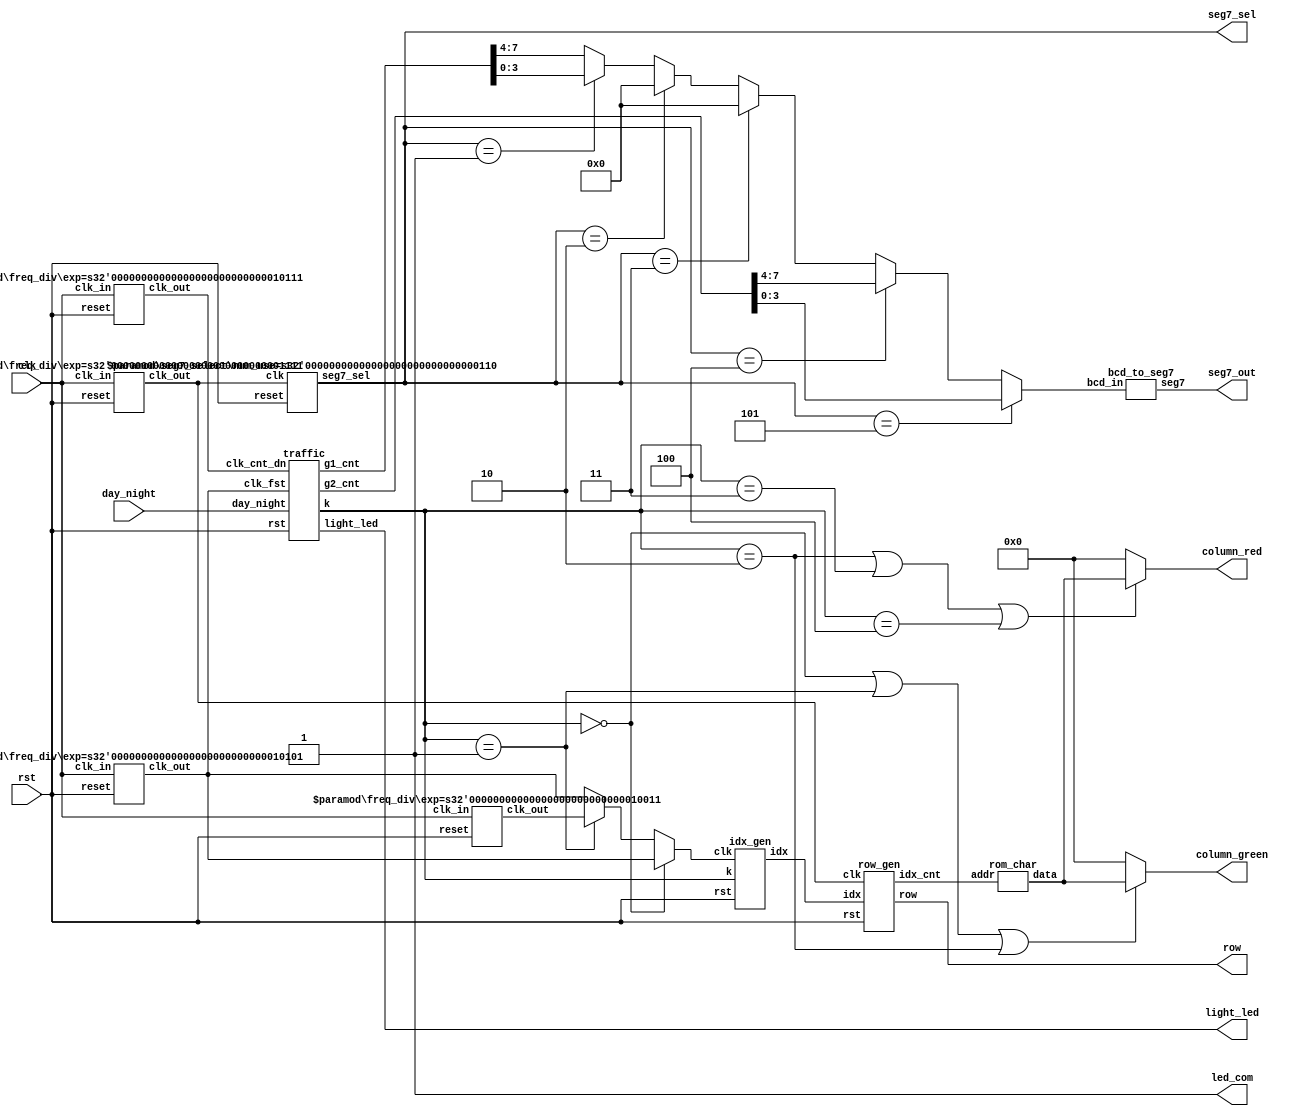
// LED88 ()
//A.	
//i.	Round-112
//ii.	Round-23
//iii.	Round-35
//iv.	Round-420
//B.	0000

module	 lab07_2 (clk, rst, day_night, light_led, led_com, seg7_out, seg7_sel,row,  column_red,column_green);
input		clk; //pin W16
input		rst; //pin C16
input		day_night; //AA20
output[5:0]	light_led; //pin E2 ,D3 ,C2 ,c1, L2, L1, G2, G1, U2, N1, AA2, AA1
output	led_com; //pin N20
output[2:0]	seg7_sel; //pin AB10 ,AB11, AA12
output[6:0]	seg7_out; //pin AB7, AA7, AB6, AB5, AA9, Y9, AB8
output[7:0] row,  column_red,column_green;
//row:pin T22 ,R21 ,C6 ,B6 ,B5 ,A5 ,B7 ,A7
// R pin D7, D6, A9, C9, A8, C8, C11, B11
// G pin A10 ,B10 ,A13 ,A12 ,B12 ,D12 ,A15 ,A14
wire		led_com;
wire		clk_cnt_dn,clk_fst,clk_sel,clk_out,clk_fst2;
wire[7:0]	g1_cnt;
wire[7:0]	g2_cnt;
wire[3:0]	count_out;
wire[7:0] idx,idx_cnt;
wire[7:0] column_out;
wire[2:0]k;
assign clk_out=(k==3'b000)?clk_fst:(k==3'b001)?clk_fst2:clk_fst;
assign	led_com= 1'b1;
assign	count_out = (seg7_sel == 3'b101 )? g2_cnt[3:0] : (seg7_sel == 3'b100 )? g2_cnt[7:4] :
(seg7_sel == 3'b011 )? 3'b0 : 
(seg7_sel == 3'b010 )? 3'b0 : 
(seg7_sel == 3'b001 )? g1_cnt[3:0] :g1_cnt[7:4];
assign column_green=( k==3'b000||k==3'b001||k==3'b010)? column_out: 8'b0;
assign column_red= (k==3'b010||k==3'b011||k==3'b100)? column_out: 8'b0;
freq_div#(23) M0(clk, rst, clk_cnt_dn);
freq_div#(21) M1(clk, rst, clk_fst);
freq_div#(19) M9(clk, rst, clk_fst2);
freq_div#(15) M2(clk, rst, clk_sel);
traffic M3(clk_fst,clk_cnt_dn,rst,day_night,g1_cnt,g2_cnt,light_led,k);
bcd_to_seg7 M4(count_out,seg7_out);
seg7_select#(6) M5(clk_sel,rst,seg7_sel);
idx_gen M6 (clk_out, rst, idx,k); 
row_gen M7 (clk_sel,rst,idx,row,idx_cnt);
rom_char M8 (idx_cnt,column_out);

endmodule



module freq_div (clk_in, reset, clk_out);
parameter exp = 20;   
input clk_in, reset;
output clk_out;
reg[exp-1:0] divider;
integer i;
assign clk_out= divider[exp-1];
always@ (posedge clk_in or posedge reset)	//
begin
if(reset)
for(i=0; i < exp; i=i+1)
divider[i] = 1'b0;
else
divider = divider+ 1'b1;
end
endmodule

module bcd_to_seg7(bcd_in, seg7);
input[3:0] bcd_in;
output[6:0] seg7;
reg[6:0] seg7;
always@ (bcd_in)
case(bcd_in) // abcdefg
4'b0000: seg7 = 7'b1111110; // 0
4'b0001: seg7 = 7'b0110000; // 1
4'b0010: seg7 = 7'b1101101; // 2
4'b0011: seg7 = 7'b1111001; // 3
4'b0100: seg7 = 7'b0110011; // 4
4'b0101: seg7 = 7'b1011011; // 5
4'b0110: seg7 = 7'b1011111; // 6
4'b0111: seg7 = 7'b1110000; // 7
4'b1000: seg7 = 7'b1111111; // 8
4'b1001: seg7 = 7'b1111011; // 9
default: seg7 = 7'b0000000; 
endcase
endmodule

module seg7_select(clk, reset, seg7_sel);
parameter	num_use= 6;	//
input		clk, reset;
output[2:0]	seg7_sel;
reg	[2:0]	seg7_sel;
always@ (posedge clk or posedge reset) begin
if(reset == 1)
	seg7_sel = 3'b101; // the rightmost one
else
	if(seg7_sel == 6 -num_use)
		seg7_sel = 3'b101; 
	else
		seg7_sel = seg7_sel-3'b001; // shift left
end
endmodule

module light_cnt_dn_20 (clk, rst, enable, cnt);
input		clk, rst, enable;
output	[7:0]	cnt;
reg[7:0]	cnt;
always@(posedge clk or posedge rst) begin
if(rst)
	cnt= 8'b0; // initial state
else if(enable)begin  
	if(cnt== 8'b0) begin
		 cnt[7:4]= 4'b0010;
		 cnt[3:0]= 4'b0000;
		 //cnt[3:0]=cnt[3:0]-4'b0001;
	end
	else if(cnt[3:0] == 4'd0) begin  
		 cnt[3:0]=4'b1001;
		 cnt[7:4]=cnt[7:4]-4'b0001;
			  
	end
	else
		 cnt[3:0]=cnt[3:0]-4'b0001;  
end
else	
	cnt=8'b0;	
end
endmodule

module ryg_ctl (clk_fst, clk_cnt_dn, rst, day_night, g1_cnt, g2_cnt, g1_en, g2_en, light_led,k);
input	clk_fst, clk_cnt_dn, rst, day_night;
input[7:0]	g1_cnt, g2_cnt;
output	g1_en, g2_en;
output[5:0]	light_led;
output [2:0]k;
reg		g1_en, g2_en;
reg[5:0]	light_led;
reg[2:0]	mode,k;
always@(posedge clk_fst or posedge rst) begin
if (rst)begin
	light_led <= 6'b001_100; // g1 : r2
	mode <= 3'b0;
	g1_en <= 1'b0;
	g2_en <= 1'b0;
	k <= 3'b0;
   	end
else if(day_night == 1'b1)begin // day time
if(mode==3'd0) begin
	k<=3'b000;
	light_led <= 6'b001_100; // g1 : r2
	g1_en <= 1'b1; 	// g1 count down
	if(g1_cnt == 8'b0000_1000) 	// after 12 seconds
	mode <= mode + 3'b1; 
	end
else if(mode==3'd1) begin	// g1 flashes : r2
	k<=3'b001;
	if (g1_cnt == 8'b0000_0101) //after 3 seconds
	mode <= mode + 3'b1; 
	else
	light_led[3] <= clk_cnt_dn;	// g1 flashes
	end
else if(mode==3'd2) begin
	k<=3'b010;
	light_led = 6'b010_100; 	 // y1 : r2
	if (g1_cnt == 8'b0000_0000) begin	// after 5 seconds
	g1_en <= 1'b0;
	mode <= mode + 3'b1;	
	end
	end
else if(mode==3'd3) begin
	k<=3'b100;
	light_led <= 6'b100_001; 	// r1 : g2
	g2_en <= 1'b1;
	if(g2_cnt == 8'b0000_1000)	// after 12 seconds
	mode <= mode + 3'b1; 
	end
else if(mode==3'd4) begin
	//k<=3'b1001;	// r1 : g2 flashes
	if(g2_cnt == 8'b0000_0101)	// after 3 seconds
	mode <= mode + 3'b1; 
	else
	light_led[0] <= clk_cnt_dn;	// g2 flashes
	end
else if(mode==3'd5) 	begin	
	light_led <= 6'b100_010;	// r1 : y2
	if (g2_cnt == 8'b0000_0000) begin	// after 5 seconds
	g2_en <= 1'b0;
	mode <= 3'b0;
	end
	end
/*else begin	// back to mode0
	k <= 3'b001;
	light_led <= 6'b001_100; 	// g1 : r2
	g1_en <= 1'b1; // g1 count down
	if(g1_cnt == 8'b0000_1001) 	// after 20 seconds
	mode <= mode + 3'b1; 
	end*/
end
else if(day_night == 1'b0)begin  // night time
k=3'b011;
//row_en <= 2'b11;
light_led <= {{1'b0, clk_cnt_dn, 1'b0}, {1'b0, clk_cnt_dn, 1'b0}}; 
// y1 flashes : y2 flashes
g1_en <= 1'b0;
g2_en <= 1'b0;
end
end
endmodule

module traffic (clk_fst, clk_cnt_dn, rst, day_night, g1_cnt, g2_cnt, light_led,k);
input 	clk_fst, clk_cnt_dn, rst, day_night;
output[5:0]	light_led;
output[7:0]	g1_cnt;
output[7:0]	g2_cnt;
output[2:0]k;
//output clk_out;
wire		g1_en, g2_en;
wire[7:0]	g1_cnt;
wire[7:0]	g2_cnt;
wire[2:0]k;
//wire clk_out;
ryg_ctl M0(clk_fst,clk_cnt_dn,rst,day_night,g1_cnt,g2_cnt,g1_en,g2_en,light_led,k);
light_cnt_dn_20 M1(clk_cnt_dn,rst,g1_en,g1_cnt); // for light 1
light_cnt_dn_20 M2(clk_cnt_dn,rst,g2_en,g2_cnt); // for light 2 
//controll M3(clk_fst,clk_sel,k,clk_out);
endmodule

module rom_char(addr, data);
input[7:0]addr;
output[7:0]data;
reg[7:0]data;
always@(addr) begin
case(addr)
8'd0: data = 8'h60; 8'd1: data = 8'h60; // Blank
8'd2: data = 8'h30; 8'd3: data = 8'h78;
8'd4: data = 8'h18; 8'd5: data = 8'h34;
8'd6: data = 8'h22; 8'd7: data = 8'h66;
8'd8: data = 8'h60; 8'd9: data = 8'h60; // 0
8'd10: data = 8'h30; 8'd11: data = 8'h7C;
8'd12: data = 8'hB2; 8'd13: data = 8'h18;
8'd14: data = 8'h66; 8'd15: data = 8'h02;
8'd16: data = 8'hC0; 8'd17: data = 8'hC0;// 1
8'd18: data = 8'h60; 8'd19: data = 8'h78;
8'd20: data = 8'hB4; 8'd21: data = 8'h38;
8'd22: data = 8'h26; 8'd23: data = 8'h62;
8'd24: data = 8'h18; 8'd25: data = 8'h18;// red people
8'd26: data = 8'h3C; 8'd27: data = 8'h5A;
8'd28: data = 8'h5A; 8'd29: data = 8'h24;
8'd30: data = 8'h24; 8'd31: data = 8'h66;
8'd32: data = 8'h18; 8'd33: data = 8'h18;// yellow people
8'd34: data = 8'h3C; 8'd35: data = 8'h5A;
8'd36: data = 8'h5A; 8'd37: data = 8'h24;
8'd38: data = 8'h24; 8'd39: data = 8'h66;
8'd40: data = 8'h00; 8'd41: data = 8'h00;// blank
8'd42: data = 8'h00; 8'd43: data = 8'h00;
8'd44: data = 8'h00; 8'd45: data = 8'h00;
8'd46: data = 8'h00; 8'd47: data = 8'h00;

endcase
end
endmodule

module idx_gen(clk, rst, idx,k);
input clk, rst;
input[2:0]k;
output[7:0] idx;
reg[7:0]idx;
//wire [1:0]sel;
always@(posedge clk or posedge rst) begin
if(rst)begin
idx=8'd00;
end
else if(k==3'b000||k==3'b001)begin
//idx= 8'd0;
if(idx==8'd16)
idx= 8'd0;
else if(idx==8'd24)
idx=8'd0;
else
idx=idx+8'd08;
end
else if(k==3'b010)begin
if(idx==8'd40)
idx=8'd32;
else
idx=idx+8'd08;
end
else if(k==3'b100||k==3'b011)begin

idx= 8'd24;

end
//end
end
endmodule


module row_gen(clk, rst, idx, row, idx_cnt);
input clk, rst;
input[7:0]idx;
output[7:0] row;
output[7:0]idx_cnt;
//wire [7:0] idx,idx2;
reg[7:0] row;
reg[7:0]idx_cnt;
reg[2:0]cnt;
//assign idx0=(select==2'b00)?idx:idx2
always@(posedge clk or posedge rst) begin
if(rst) begin
row = 8'b1000_0000;
cnt= 3'd0;
idx_cnt= 8'd0;
end
else begin
row = {row[0],row[7:1]};	//(LED)
cnt = cnt+3'd1;	//(07) 
idx_cnt = idx+cnt;	//(07)
end
end
endmodule